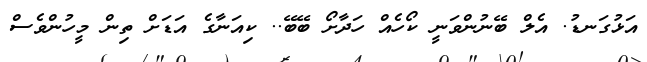
އަޅުގަނޑު. އެލް ބޭނުންވަނީ ކޯހެއް ހަދާށޯ ބޭބޭ.. ކިއަނާގެ އަޑަށް ތިން މީހުންވެސް